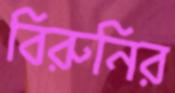
বিরুনির